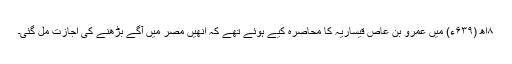
۸اھ (۶۳۹ء) میں عمرو بن عاص قیساریہ کا محاصرہ کیے ہوئے تھے کہ انھیں مصر میں آگے بڑھنے کی اجازت مل گئی۔